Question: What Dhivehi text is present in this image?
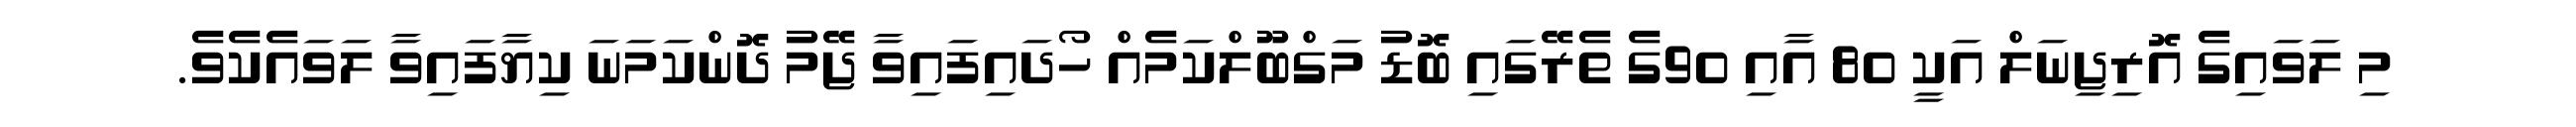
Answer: މި ލަވައިގެ އޮރިޖިނަލް އަކީ 80 އާއި 90ގެ ތެރޭގައި ބޮޑު މަގްބޫލްކަމެއް ހޯދައިފައިވާ ޖޭމު ދޮންކަމަނަ ކިޔާފައިވާ ލަވައެކެވެ.